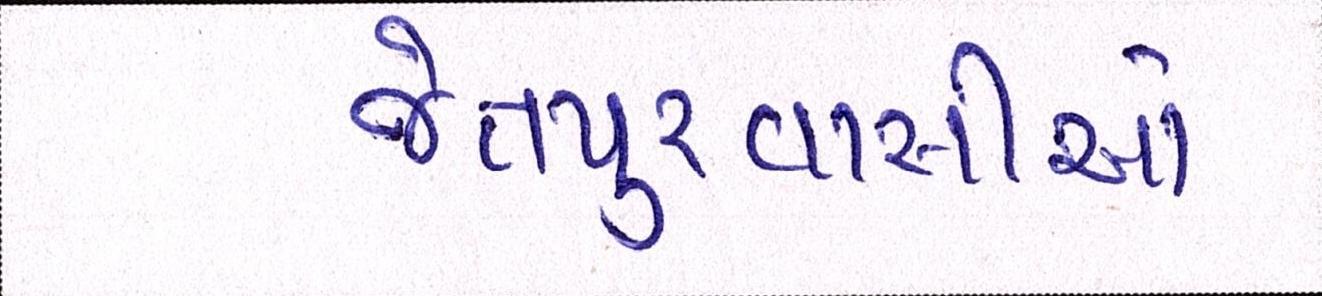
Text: જેતપુરવાસીઓ